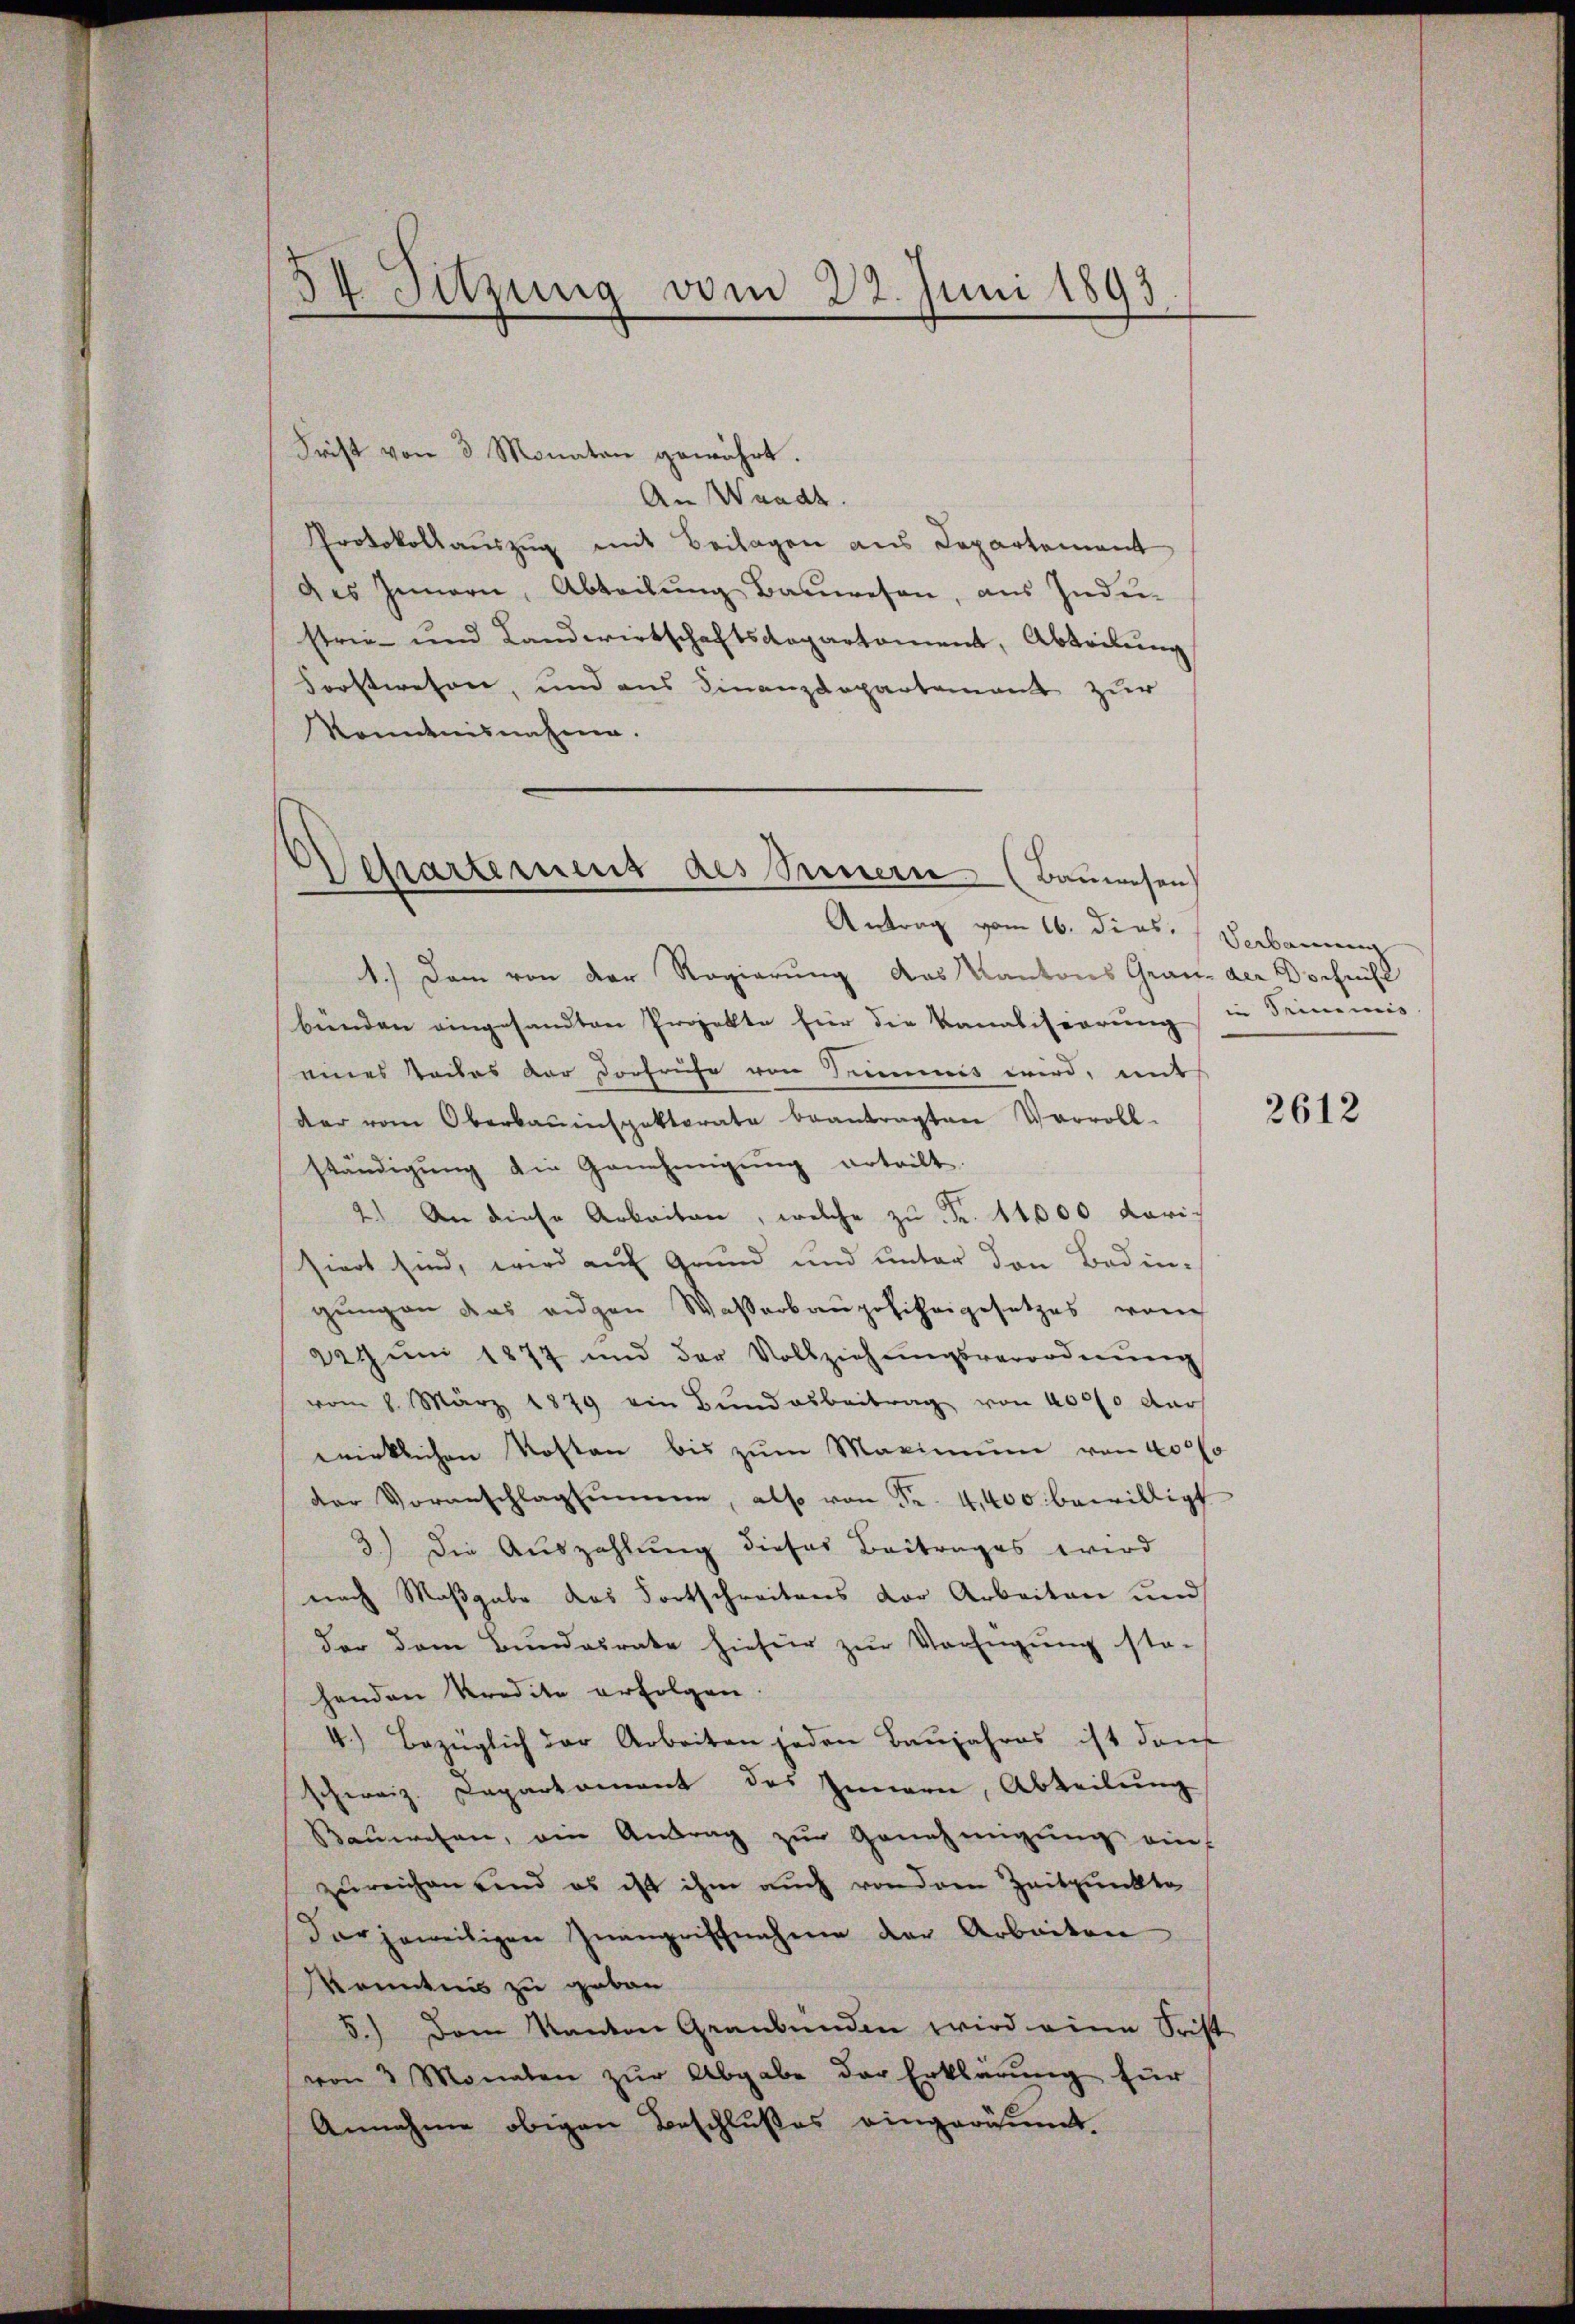
14. Sitzung vom 22. Juni 1893

Frist von 3 Monaten gewährt.
An Wande.
Protokollauszug mit Beilagen aus Departement
des Innern, Abteilŭng Bauwesen, aus Inde-
strie- und Landwirtschaftsdepartoment, Abteilung
Forstwesen, und aus Finanzdepartement zur
Kondtnisnahme.

Departemens des Seinern (Bauwesen

Antrag vom 16. dies. (Verbaren
1.) Dem von der Regierung das Kantons Grau- der Dorfrist
bünden eingesandten Projekte für die Kanalisierung in Stimmis
eines Rades der Dorfrühe von Trumnis wird, mit
der vom Oberbauinspektorate beantragten Vervoll-
ständigung die Genehmigŭng erteilt.
2.) An diese Arbeiten, welche zu Fr. 11000 Karisiert sind, wird auf Grund und unter den Bedingungen das eidgen Wasserbaupolizeigesetzes von
22 Jŭni 1877 und der Vollziehŭngsverordnŭng
vom 8. März 1879 ein Bŭndesbeitrag von 4000 dur
wirklichen Kosten bis zum Maximum von 400 l
der Voranschlagsumme, also von Fr. 4400 bewilligt
3.) Die Auszahlung dieses Beitrages wird
nach Maßgabe das Fortschreitens vor Arbeiten und
der dem Bundesrate hiefür zur Verfügung sta-
henden Kredite erfolgen
4.) Bezüglich der Arbeiten jeden Baŭjahres ist dan
schweiz. Departament des Innern, Abteilŭng
Bauwesen, ein Antrag zur Genehmigung einzureichen sind es ist ihm auch von dem Zeitpunkte
der jeweiligen Zwangriffnahme der Arbeiten
Kenntnis zu geben
5.) Dem Kanton Graubünden wird eine Frist
von 3 Monaten zŭr Abgabe der Erklärŭng für
Annahme obigen Beschlußes eingeräumt

2612